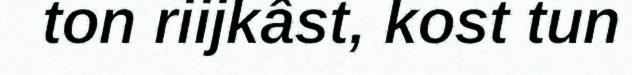
ton riijkâst, kost tun